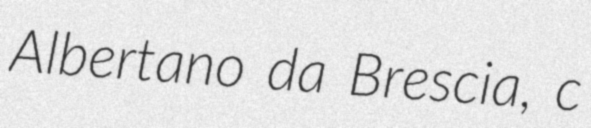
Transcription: Albertano da Brescia, c